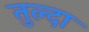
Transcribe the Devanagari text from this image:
तुल्दा